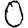
Digit: 0